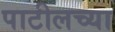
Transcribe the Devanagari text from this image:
पाटीलच्या